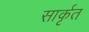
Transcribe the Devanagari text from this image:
सार्कृत